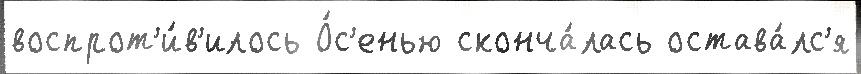
воспрот'и́в'илось О́с'енью сконча́лась остава́лс'я